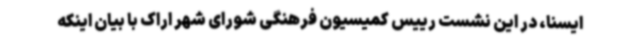
ایسنا، در این نشست رییس کمیسیون فرهنگی شورای شهر اراک با بیان اینکه